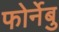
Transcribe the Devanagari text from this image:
फोर्नेबु